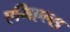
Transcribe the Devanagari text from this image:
एमिएल्स